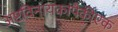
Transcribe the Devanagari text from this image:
अष्टविनायकांपैकीएक